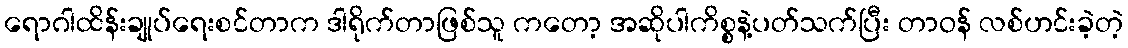
ရောဂါထိန်းချုပ်ရေးစင်တာက ဒါရိုက်တာဖြစ်သူ ကတော့ အဆိုပါကိစ္စနဲ့ပတ်သက်ပြီး တာဝန် လစ်ဟင်းခဲ့တဲ့